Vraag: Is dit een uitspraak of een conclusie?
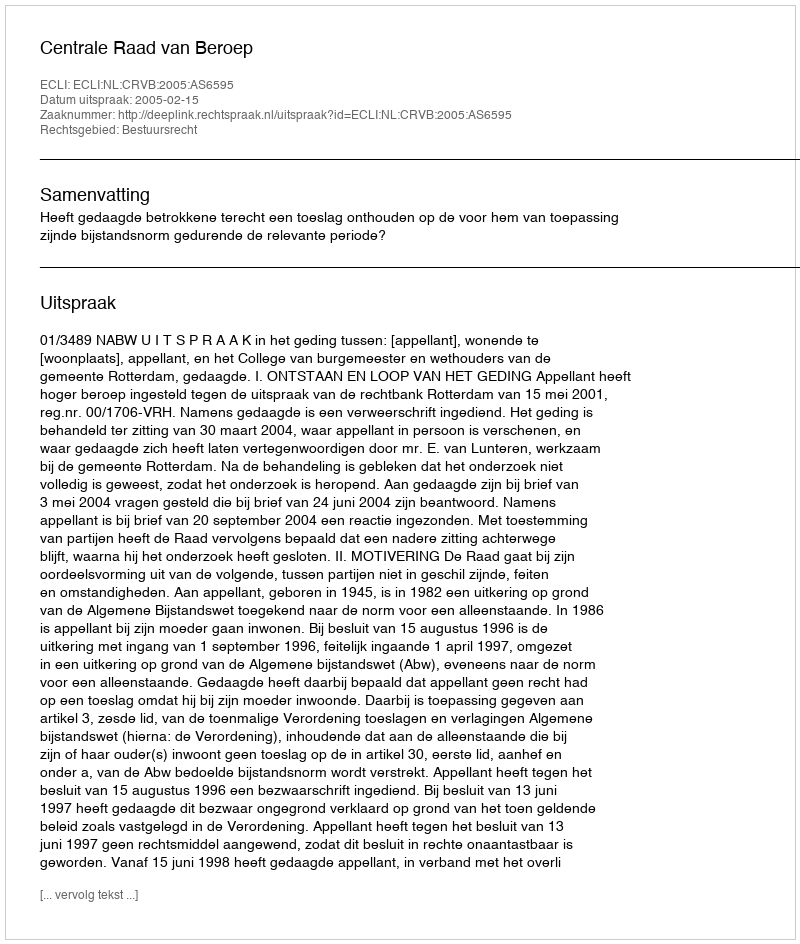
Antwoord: Uitspraak